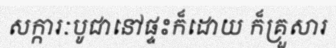
សក្ការៈបូជានៅផ្ទះក៏ដោយ ក៏គ្រួសារ